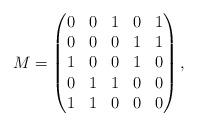
LaTeX: \begin{align*}M=\begin{pmatrix}0 & 0 & 1 & 0 & 1\\0 & 0 & 0 & 1 & 1\\1 & 0 & 0 & 1 & 0\\0 & 1 & 1 & 0 & 0\\1 & 1 & 0 & 0 & 0\end{pmatrix},\end{align*}